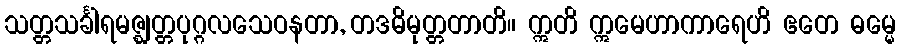
သတ္တသင်္ခါရမဇ္ဈတ္တပုဂ္ဂလသေဝနတာ, တဒဓိမုတ္တတာတိ။ ဣတိ ဣမေဟာကာရေဟိ ဧတေ ဓမ္မေ